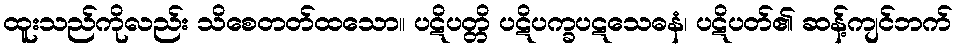
ထူးသည်ကိုလည်း သိစေတတ်ထသော။ ပဋိပတ္တိ ပဋိပက္ခပဋသေဓနံ၊ ပဋိပတ်၏ ဆန့်ကျင်ဘက်